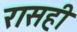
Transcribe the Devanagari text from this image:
रासही